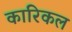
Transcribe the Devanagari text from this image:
कारिकल